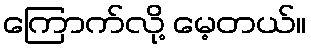
ကြောက်လို့ မေ့တယ်။